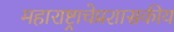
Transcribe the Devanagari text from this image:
महाराष्ट्राचेप्रशासकीय